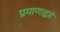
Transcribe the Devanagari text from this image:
प्रमाणाद्वारे